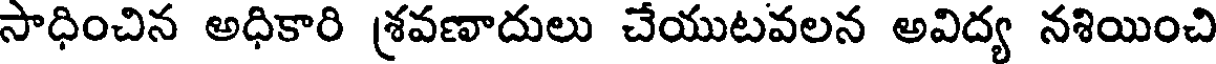
సాధించిన అధికారి శ్రవణాదులు చేయుటవలన అవిద్య నశియించి